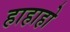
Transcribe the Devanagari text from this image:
हाहाहो